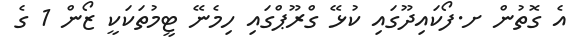
އެ ގޮތުން ށ.ފޯކައިދޫގައި ކުޅޭ ގްރޫޕްގައި ހިމެނޭ ޓީމުތަކަކީ ޒޯން 1 ގެ